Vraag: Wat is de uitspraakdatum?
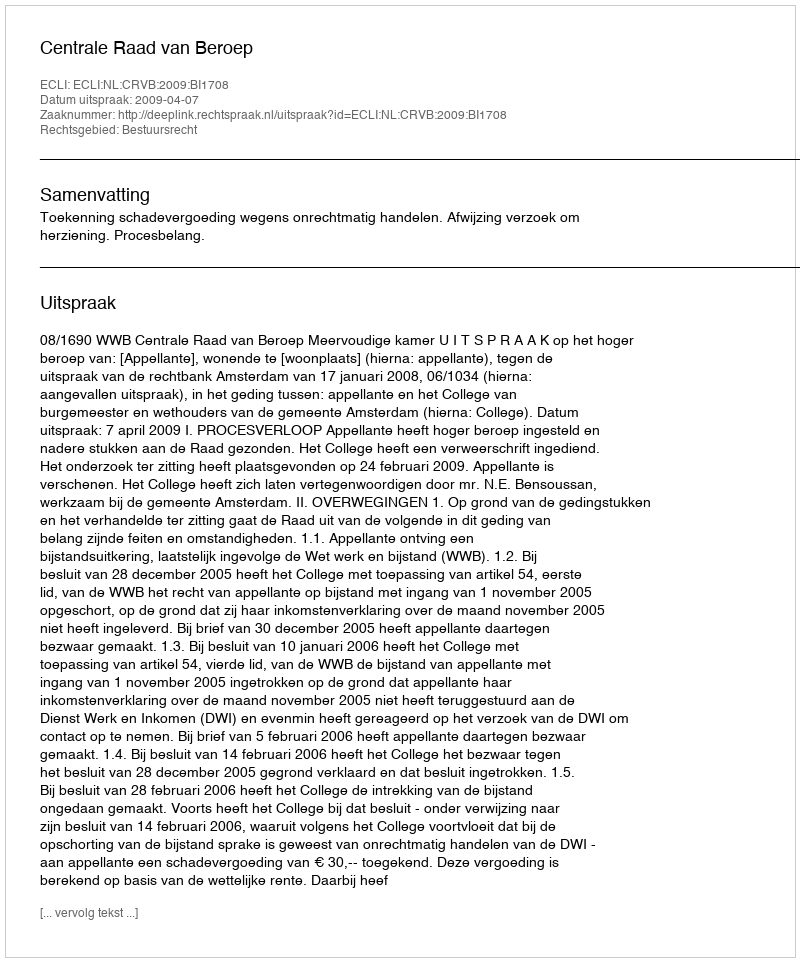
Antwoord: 2009-04-07